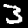
Label: 3